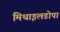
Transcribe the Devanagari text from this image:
मिथाइलडोपा